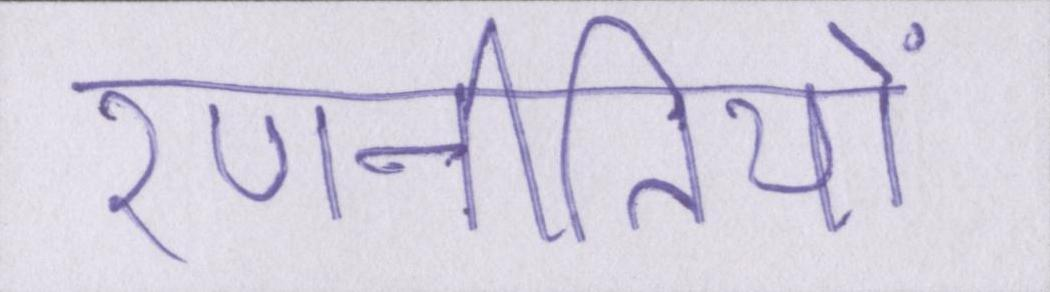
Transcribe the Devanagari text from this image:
रणनीतियों